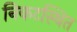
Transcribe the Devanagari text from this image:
निकटस्थित